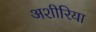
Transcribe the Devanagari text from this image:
अशीरिया